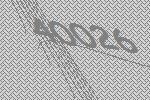
40026